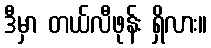
ဒီမှာ တယ်လီဖုန်း ရှိလား။